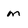
Character: m